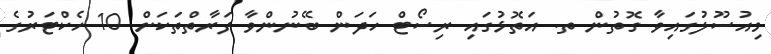
މިއުސޫލުގައިވާ ގޮތުން ތ. އަތޮޅުގައި ރިސޯޓް ހަދަން ބޭނުންވާ ފަރާތްތަކަށް 10 ހެކްޓަރުގެ